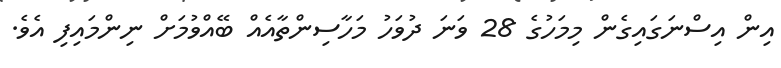
އިން އިސްނަގައިގެން މިމަހުގެ 28 ވަނަ ދުވަހު މަހާސިންތާއެއް ބޭއްވުމަށް ނިންމައިފި އެވެ.